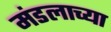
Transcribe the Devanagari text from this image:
मंडलाच्या